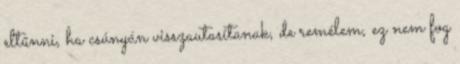
eltűnni, ha csúnyán visszautasítanak, de remélem, ez nem fog